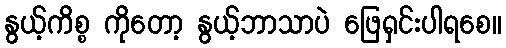
နွယ့်ကိစ္စ ကိုတော့ နွယ့်ဘာသာပဲ ဖြေရှင်းပါရစေ။